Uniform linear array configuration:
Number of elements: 12
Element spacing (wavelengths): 1
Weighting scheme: blackman
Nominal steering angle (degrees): -45
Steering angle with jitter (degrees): -44.482
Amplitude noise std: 0.05
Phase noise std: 0.05

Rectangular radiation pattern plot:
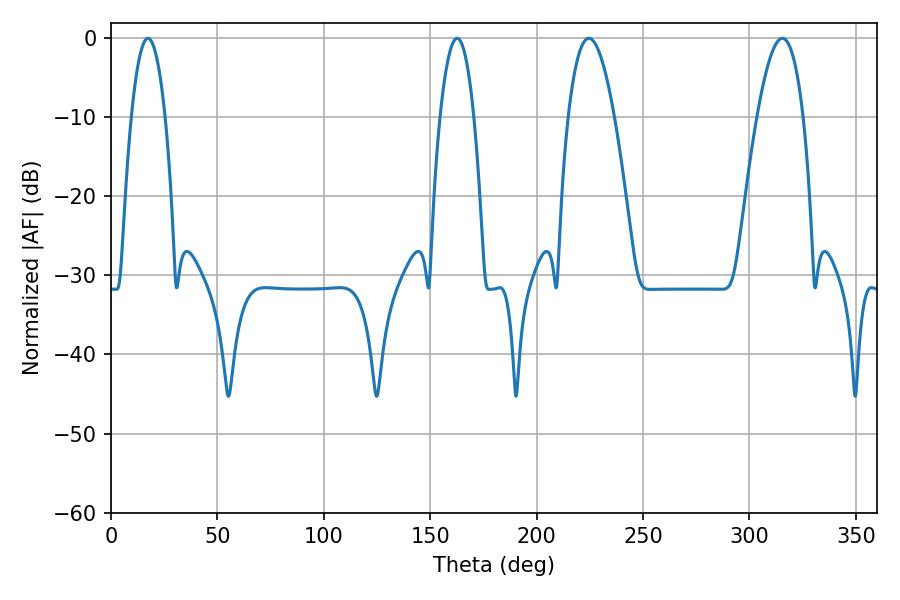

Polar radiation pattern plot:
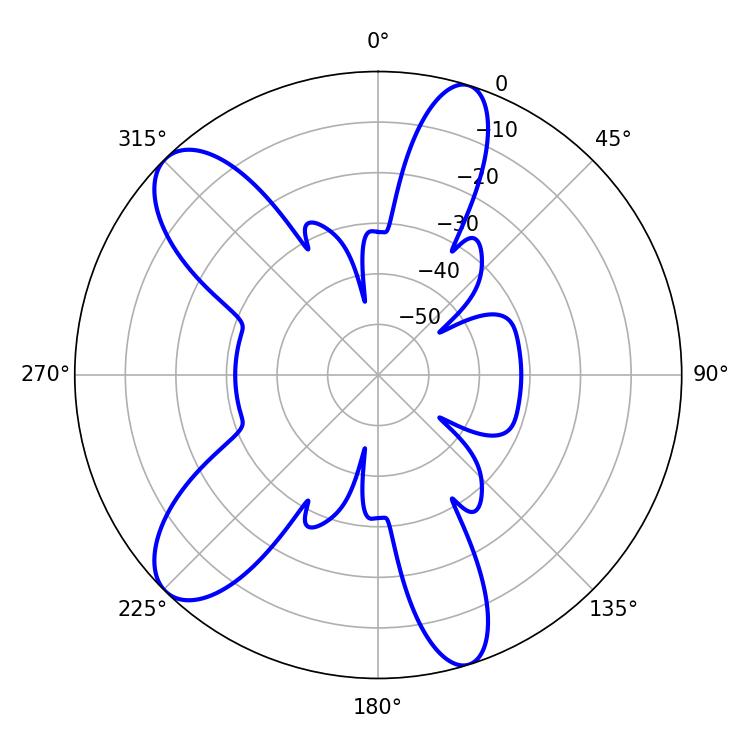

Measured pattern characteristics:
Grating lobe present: TRUE
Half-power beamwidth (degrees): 11.88
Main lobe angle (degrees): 224.46